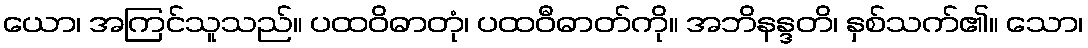
ယော၊ အကြင်သူသည်။ ပထဝိဓာတုံ၊ ပထဝီဓာတ်ကို။ အဘိနန္ဒတိ၊ နှစ်သက်၏။ သော၊